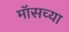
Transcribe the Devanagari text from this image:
मॉसच्या